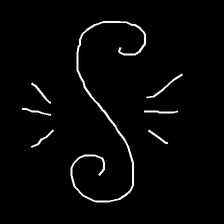
Glyph: wind-directs-air